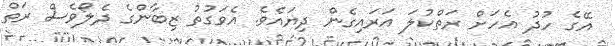
އޭގެ ހުދު އެހަށް ރަތްކުލަ އަރައިގެން ދިޔައެވެ. އެވަގުތު ޒިބާންގެ ދެލޯވެސް ރަތް